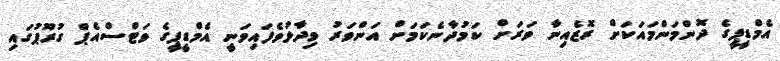
އެމްޑީޕީގެ ދޮންމަންމައަކަށް ރޮޒެއިނާ ވަރަަށް ކަމުދާނެކަމަށް އަންވަރު ވިދާޅުވެފައިވަނީ އެމްޑީޕީގެ ވަޓްސްއެޕް ގުރޫޕުގައި